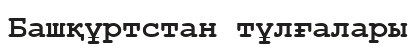
Башқұртстан тұлғалары